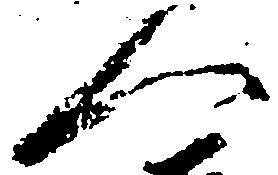
へ